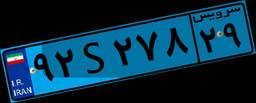
۴۷S۳۳۲۰۴